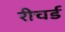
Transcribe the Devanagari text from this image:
रीचर्ड